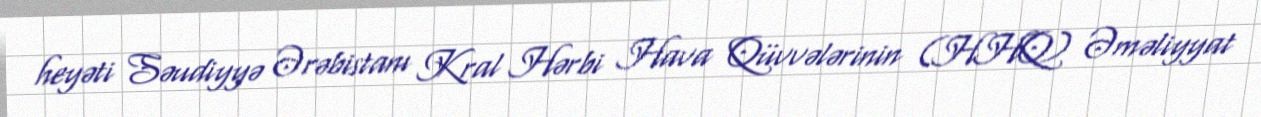
heyəti Səudiyyə Ərəbistanı Kral Hərbi Hava Qüvvələrinin (HHQ) Əməliyyat